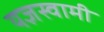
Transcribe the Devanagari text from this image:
यज्ञस्वामी